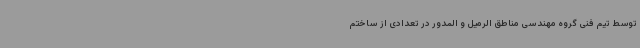
توسط تیم فنی گروه مهندسی مناطق الرمیل و المدور در تعدادی از ساختم